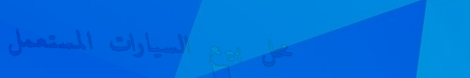
محل بيع السيارات المستعمل